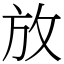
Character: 放